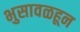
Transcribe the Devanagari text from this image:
भुसावळहून